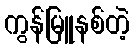
ကွန်မြူနစ်တဲ့